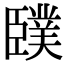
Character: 䑑